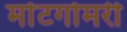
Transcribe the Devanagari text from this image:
र्माटगोमरी